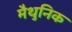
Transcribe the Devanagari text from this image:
मैथुनिक